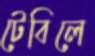
টেবিলে